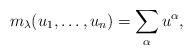
LaTeX: \begin{align*} m_\lambda(u_1,\dotsc,u_n)= \sum_\alpha u^\alpha,\end{align*}